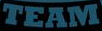
TEAM